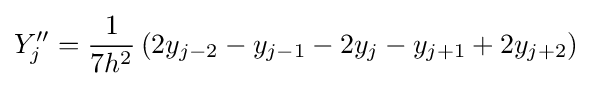
Y''_{j}={\frac {1}{7h^{2}}}\left(2y_{j-2}-y_{j-1}-2y_{j}-y_{j+1}+2y_{j+2}\right)